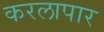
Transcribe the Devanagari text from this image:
करलापार